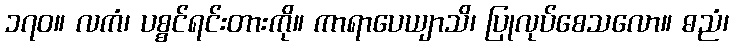
၁၇၀။ လကံ၊ ပစ္စင်ရင်းတားကို။ ကာရာပေယျာသိ၊ ပြုလုပ်စေသလော။ ဓညံ၊